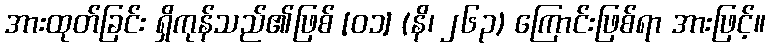
အားထုတ်ခြင်း ရှိကုန်သည်၏ဖြစ် [၀၁] (နိ၊ ၂၆၃) ကြောင်းဖြစ်ရာ အားဖြင့်။